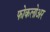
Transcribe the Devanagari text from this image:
फोकलोअर